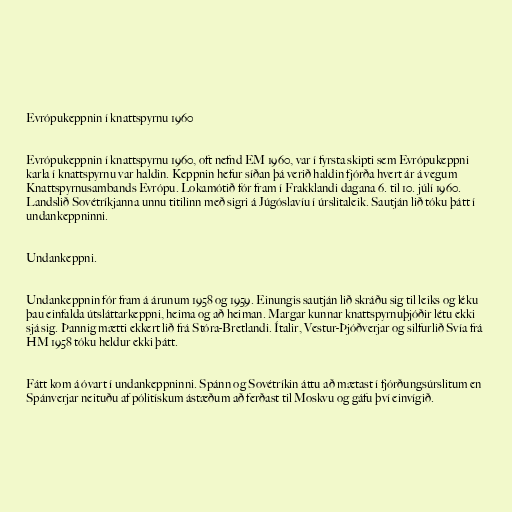
Evrópukeppnin í knattspyrnu 1960

Evrópukeppnin í knattspyrnu 1960, oft nefnd EM 1960, var í fyrsta skipti sem Evrópukeppni
karla í knattspyrnu var haldin. Keppnin hefur síðan þá verið haldin fjórða hvert ár á vegum
Knattspyrnusambands Evrópu. Lokamótið fór fram í Frakklandi dagana 6. til 10. júlí 1960.
Landslið Sovétríkjanna unnu titilinn með sigri á Júgóslavíu í úrslitaleik. Sautján lið tóku þátt í
undankeppninni.

Undankeppni.

Undankeppnin fór fram á árunum 1958 og 1959. Einungis sautján lið skráðu sig til leiks og léku
þau einfalda útsláttarkeppni, heima og að heiman. Margar kunnar knattspyrnuþjóðir létu ekki
sjá sig. Þannig mætti ekkert lið frá Stóra-Bretlandi. Ítalir, Vestur-Þjóðverjar og silfurlið Svía frá
HM 1958 tóku heldur ekki þátt.

Fátt kom á óvart í undankeppninni. Spánn og Sovétríkin áttu að mætast í fjórðungsúrslitum en
Spánverjar neituðu af pólitískum ástæðum að ferðast til Moskvu og gáfu því einvígið.